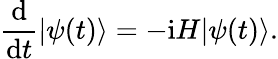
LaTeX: \frac{\mathrm{d}}{\mathrm{d}t}|\psi(t)\rangle=-\mathrm{i}H|\psi(t)\rangle.